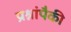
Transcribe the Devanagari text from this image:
प्रश्नांपैकी